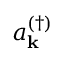
a _ { \mathbf { k } } ^ { ( \dagger ) }